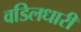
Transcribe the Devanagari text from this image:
वडिलधारी